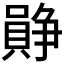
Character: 𪢛